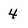
Character: 4